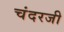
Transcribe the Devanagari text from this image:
चंदरजी